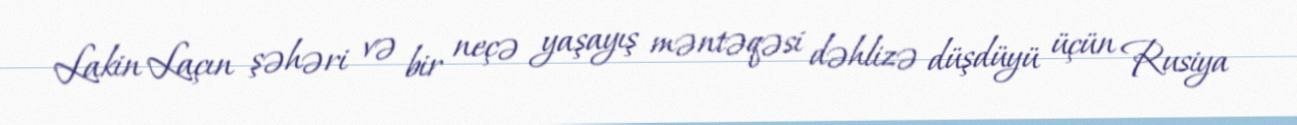
Lakin Laçın şəhəri və bir neçə yaşayış məntəqəsi dəhlizə düşdüyü üçün Rusiya